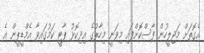
އެގޮތަށް މަޖިލީހުން ފާސްކޮށްފައި މިވަނީ މިހާރުގެ އިދިކޮޅު ޕާޓީ ކަމުގައިވާ އެމްޑީޕީން އެ